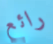
رائع